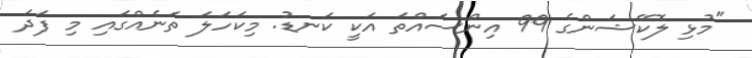
"މުޅި ލޮކޭޝަންގެ 99 އިންސައްތަ އަކީ ކަނޑު. މިކަހަލަ ތަނެއްގައި މި ފަދަ